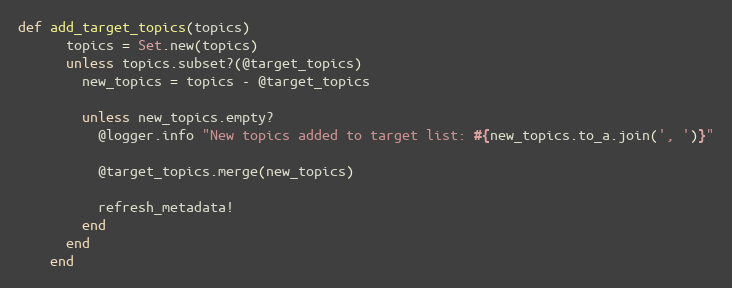
Language: Ruby
def add_target_topics(topics)
      topics = Set.new(topics)
      unless topics.subset?(@target_topics)
        new_topics = topics - @target_topics

        unless new_topics.empty?
          @logger.info "New topics added to target list: #{new_topics.to_a.join(', ')}"

          @target_topics.merge(new_topics)

          refresh_metadata!
        end
      end
    end